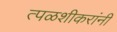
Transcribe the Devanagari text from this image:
त्पळशीकरांनी